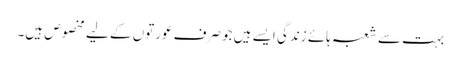
بہت سے شعبہ ہائے زندگی ایسے ہیں جو صرف عورتوں کے لیے مخصوص ہیں۔